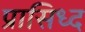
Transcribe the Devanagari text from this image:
प्रासिध्द